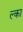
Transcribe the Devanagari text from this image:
ल्का